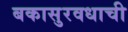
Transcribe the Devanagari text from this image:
बकासुरवधाची